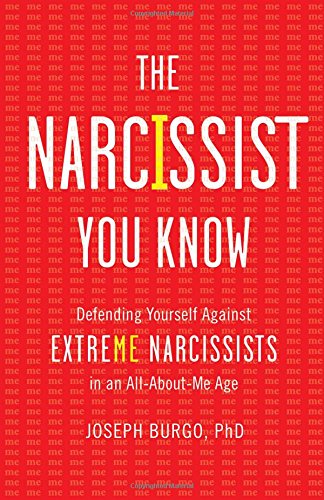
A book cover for The Narcissist You Know: Defending Yourself Against Extreme Narcissists in an All-About-Me Age; Joseph Burgo PhD; Self-Help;